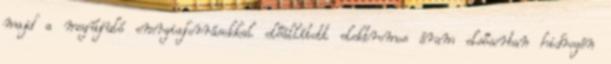
majd a megújuló energiaforrásokkal előállított elektromos áram elsősorban hidrogén